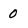
Character: 0